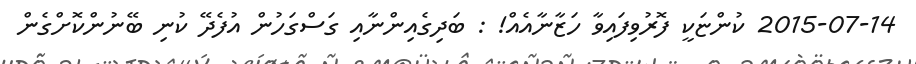
2015-07-14 ކުންޏަކީ ފޮރުވިފައިވާ ހަޒާނާއެއް! : ބަދިގެއިންނާއި ގަސްގަހުން އުފެދޭ ކުނި ބޭނުންކޮށްގެން